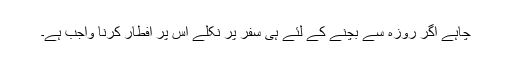
چاہے اگر روزہ سے بچنے کے لئے ہی سفر پر نکلے اس پر افطار کرنا واجب ہے۔